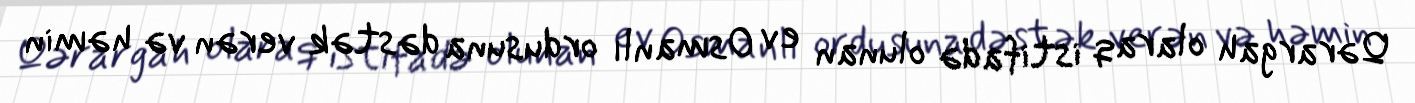
Qərargah olaraq istifadə olunan ev Osmanlı ordusuna dəstək verən və həmin